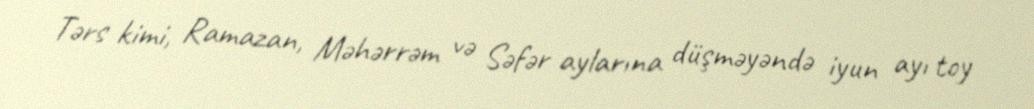
Tərs kimi, Ramazan, Məhərrəm və Səfər aylarına düşməyəndə iyun ayı toy